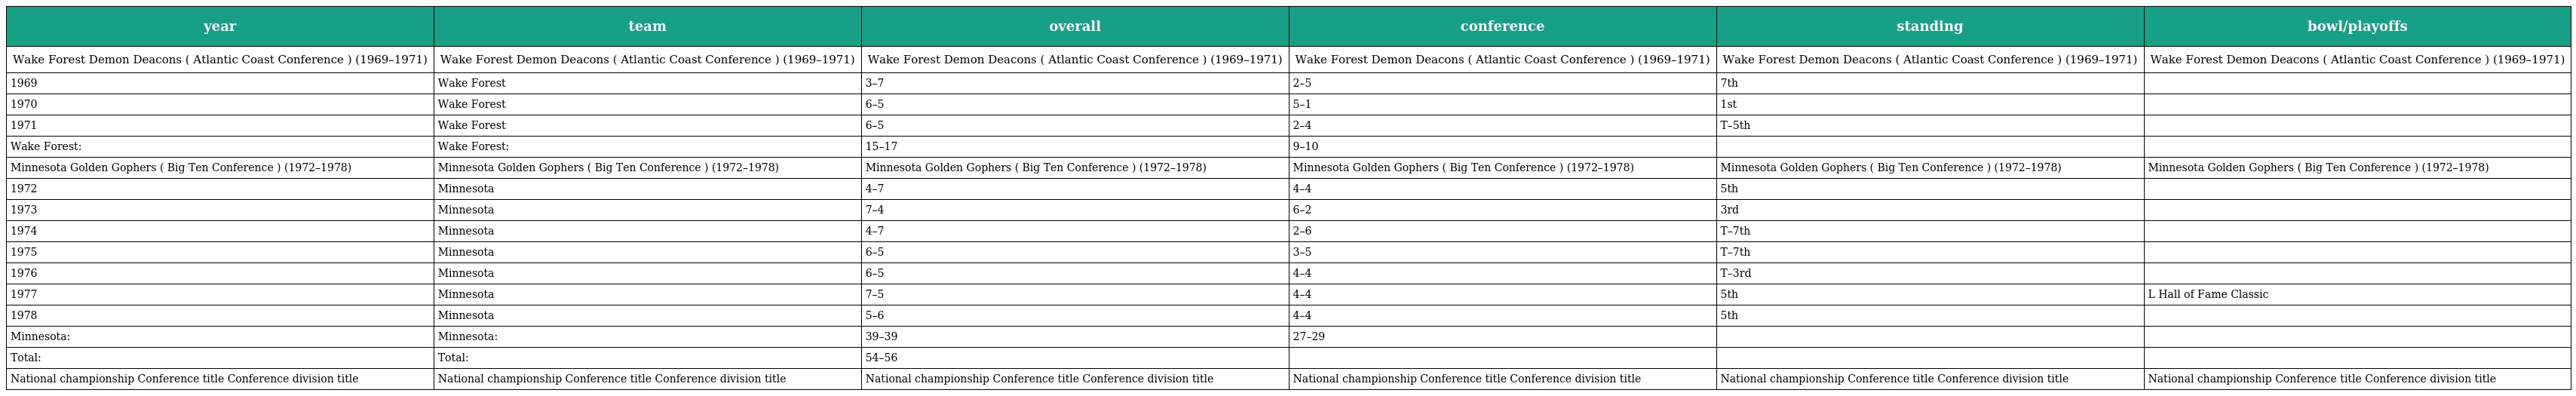
| year | team | overall | conference | standing | bowl/playoffs |
 | --- | --- | --- | --- | --- | --- |
 | Wake Forest Demon Deacons ( Atlantic Coast Conference ) (1969–1971) | Wake Forest Demon Deacons ( Atlantic Coast Conference ) (1969–1971) | Wake Forest Demon Deacons ( Atlantic Coast Conference ) (1969–1971) | Wake Forest Demon Deacons ( Atlantic Coast Conference ) (1969–1971) | Wake Forest Demon Deacons ( Atlantic Coast Conference ) (1969–1971) | Wake Forest Demon Deacons ( Atlantic Coast Conference ) (1969–1971) |
 | 1969 | Wake Forest | 3–7 | 2–5 | 7th |  |
 | 1970 | Wake Forest | 6–5 | 5–1 | 1st |  |
 | 1971 | Wake Forest | 6–5 | 2–4 | T–5th |  |
 | Wake Forest: | Wake Forest: | 15–17 | 9–10 |  |  |
 | Minnesota Golden Gophers ( Big Ten Conference ) (1972–1978) | Minnesota Golden Gophers ( Big Ten Conference ) (1972–1978) | Minnesota Golden Gophers ( Big Ten Conference ) (1972–1978) | Minnesota Golden Gophers ( Big Ten Conference ) (1972–1978) | Minnesota Golden Gophers ( Big Ten Conference ) (1972–1978) | Minnesota Golden Gophers ( Big Ten Conference ) (1972–1978) |
 | 1972 | Minnesota | 4–7 | 4–4 | 5th |  |
 | 1973 | Minnesota | 7–4 | 6–2 | 3rd |  |
 | 1974 | Minnesota | 4–7 | 2–6 | T–7th |  |
 | 1975 | Minnesota | 6–5 | 3–5 | T–7th |  |
 | 1976 | Minnesota | 6–5 | 4–4 | T–3rd |  |
 | 1977 | Minnesota | 7–5 | 4–4 | 5th | L Hall of Fame Classic |
 | 1978 | Minnesota | 5–6 | 4–4 | 5th |  |
 | Minnesota: | Minnesota: | 39–39 | 27–29 |  |  |
 | Total: | Total: | 54–56 |  |  |  |
 | National championship Conference title Conference division title | National championship Conference title Conference division title | National championship Conference title Conference division title | National championship Conference title Conference division title | National championship Conference title Conference division title | National championship Conference title Conference division title |